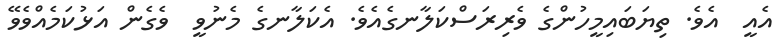
އެއީ  އެވެ. ތިޔަބައިމީހުންގެ ވެރިރަސްކަލާނގެއެވެ. އެކަލާނގެ މެނުވީ  ވެގެން އަޅުކަމެއްވެވޭ